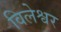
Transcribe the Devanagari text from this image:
विलेश्वर